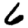
Digit: 6